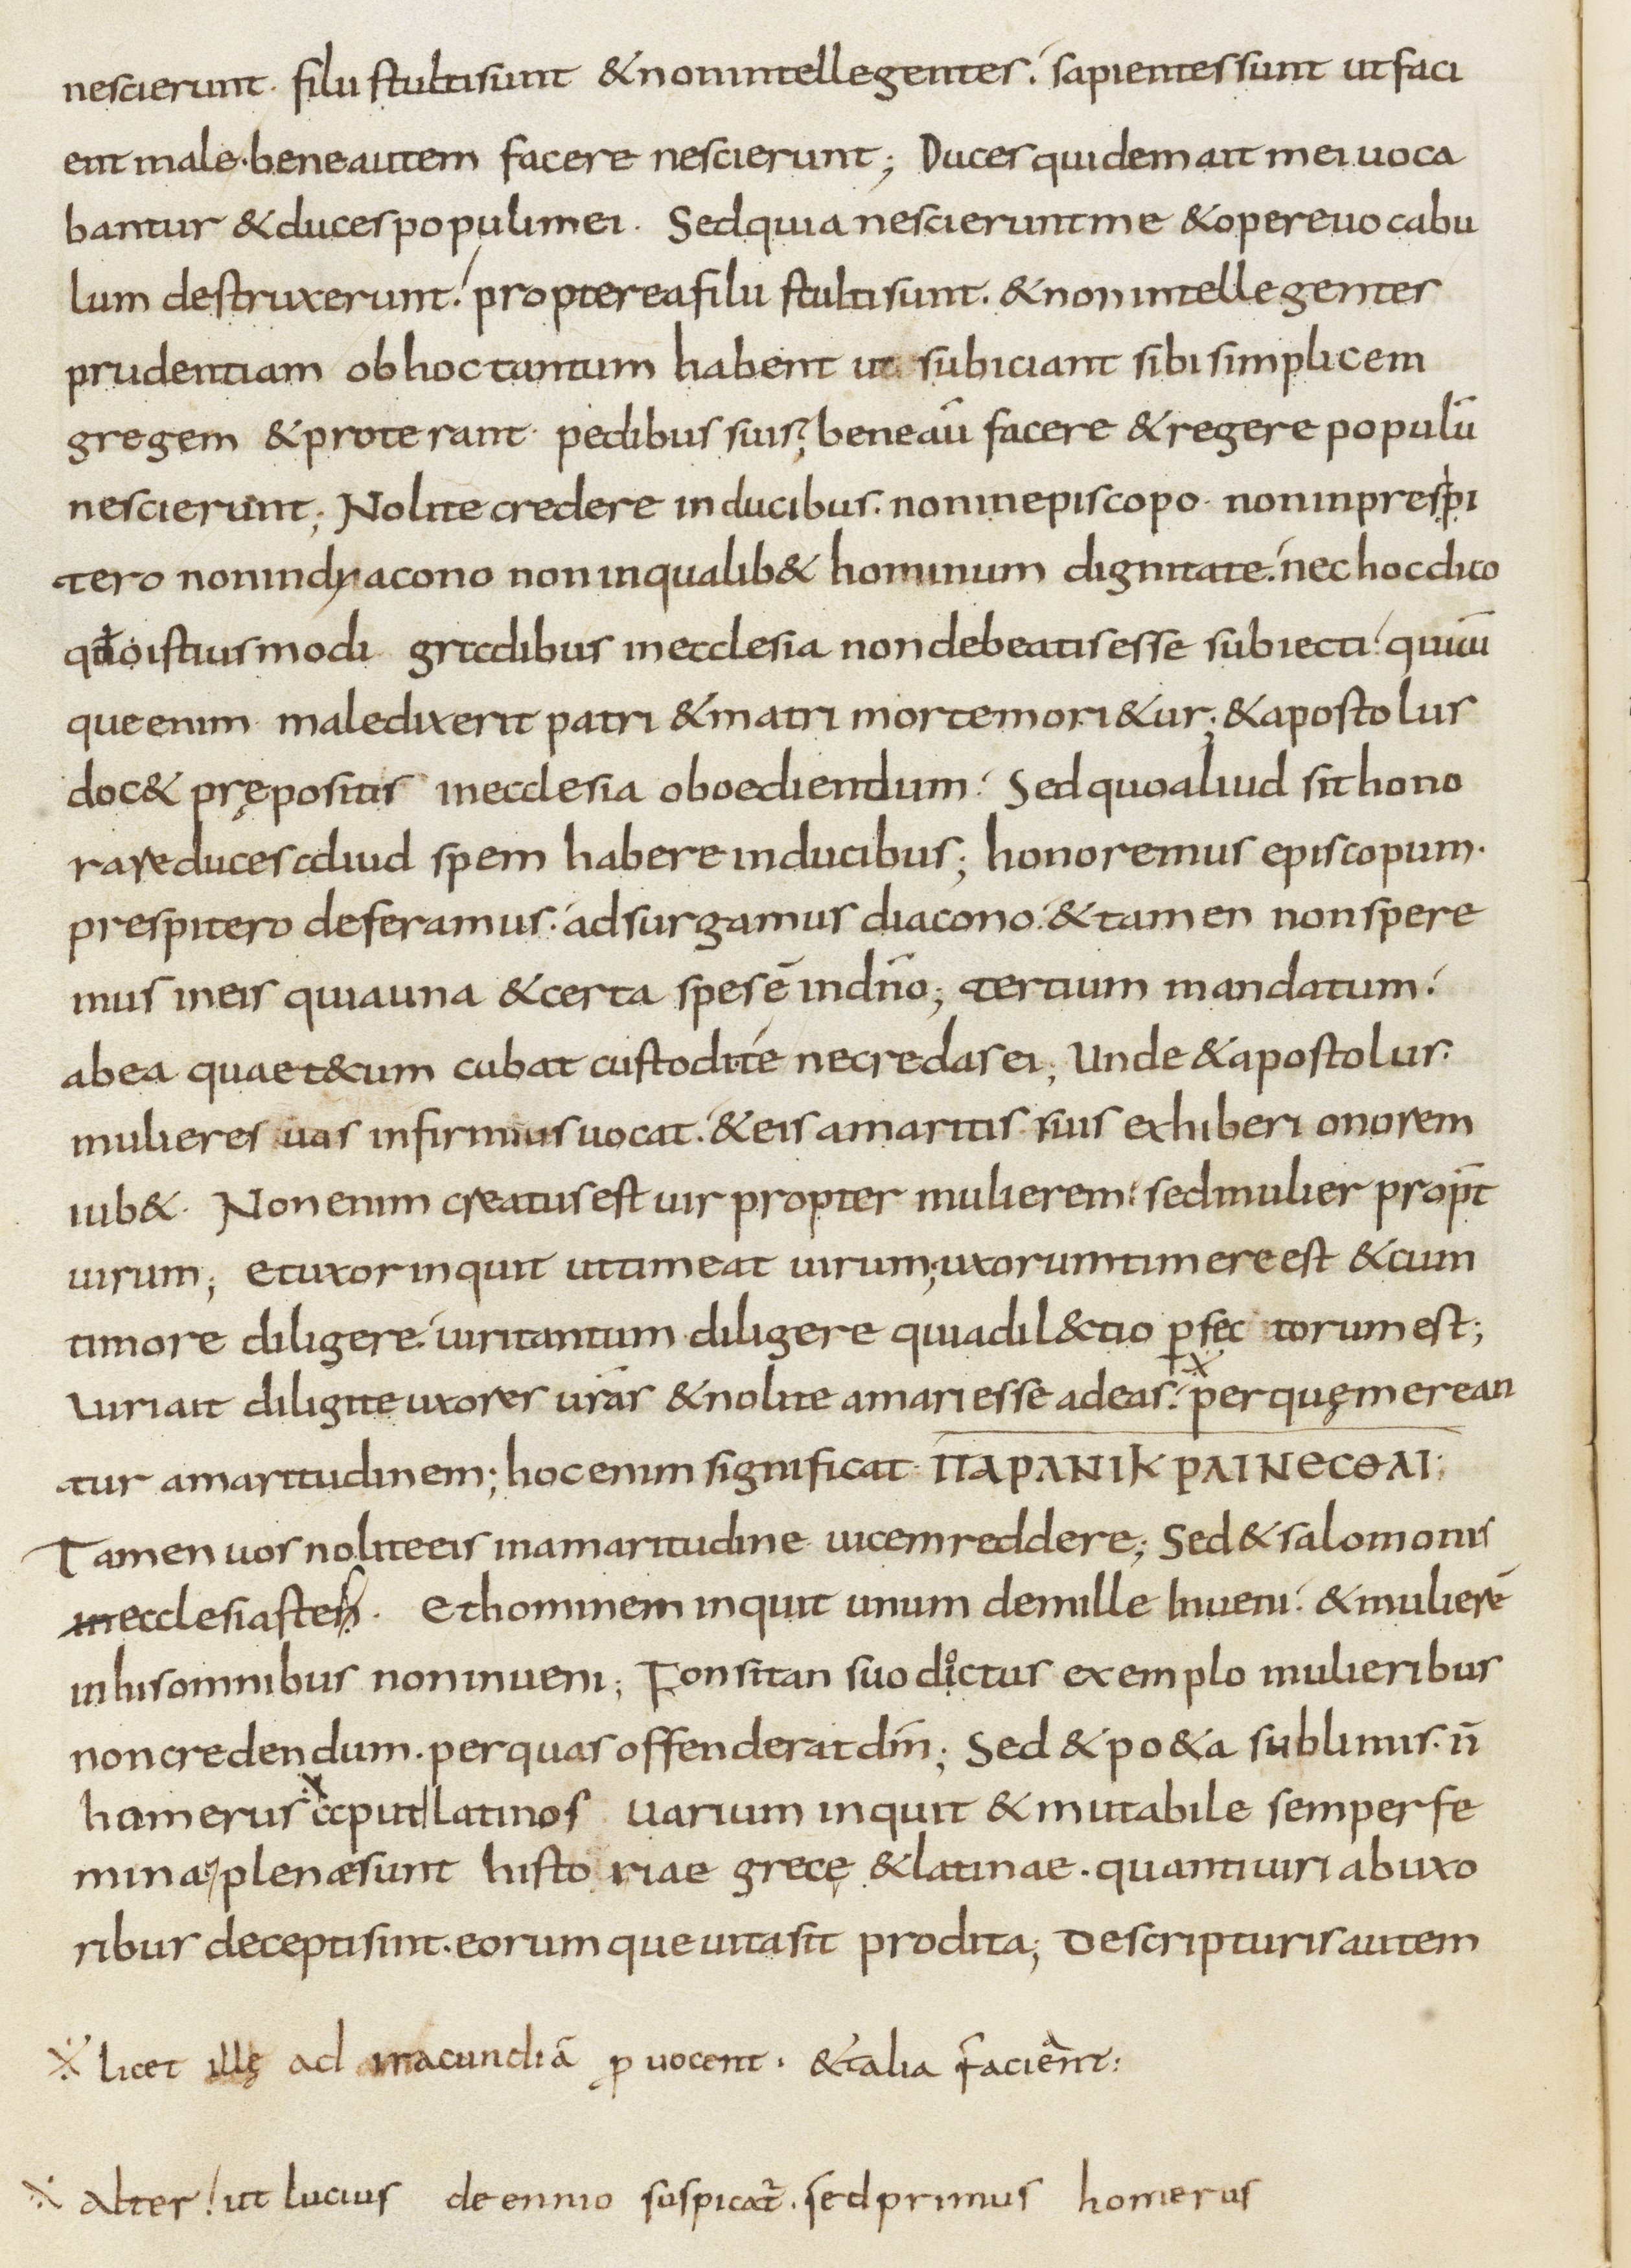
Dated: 800–899